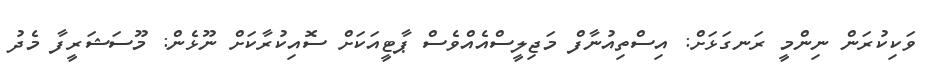
ވަކިކުރަން ނިންމީ ރަނގަޅަށް: އިސްތިއުނާފް މަޖިލީސްއެއްވެސް ޕާޓީއަކަށް ސޮއިކުރާކަށް ނޫޅެން: މޫސަޝަރީފާ މެދު